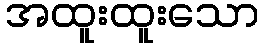
အထူးထူးသော